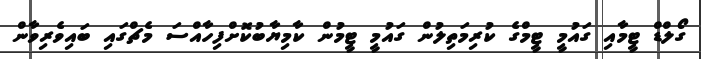
ގޯލްޑް ޓީމާއި ގައުމީ ޓީމްގެ ކުރިމަތިލުން ގައުމީ ޓީމުން ކާމިޔާބުކޮށްފިހާއްސަ މެޗްގައި ބައިވެރިވާން